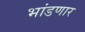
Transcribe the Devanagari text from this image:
भांडणार